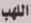
اللهب